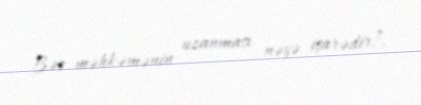
Bəs məhkəmənin uzanması nəyə işarədir?.